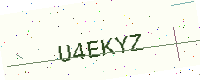
Text: U4EKYZ